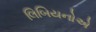
લિબિયનોએ